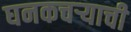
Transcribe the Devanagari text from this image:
घनकचर्‍याची